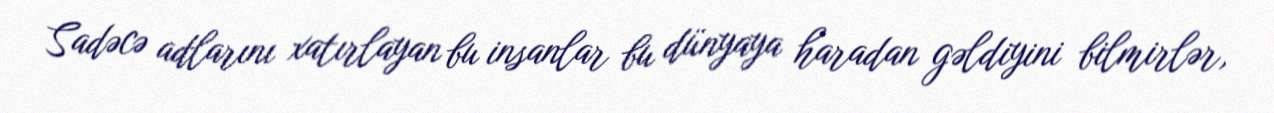
Sadəcə adlarını xatırlayan bu insanlar bu dünyaya haradan gəldiyini bilmirlər,